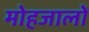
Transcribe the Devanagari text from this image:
मोहजालों